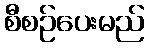
စီစဉ်ပေးမည်